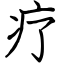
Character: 疗